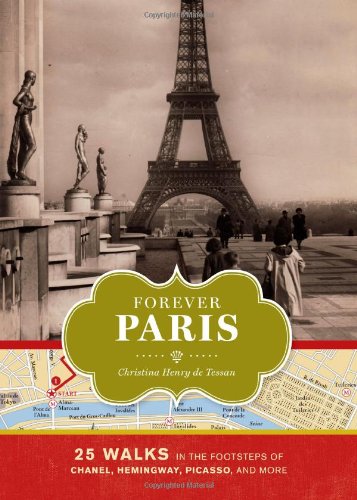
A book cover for Forever Paris: 25 Walks in the Footsteps of Chanel, Hemingway, Picasso, and More; Christina Henry de Tessan; Reference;